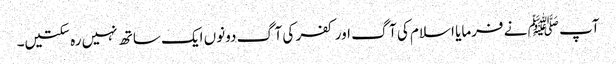
آپ ﷺ نے فرمایا اسلام کی آگ اور کفر کی آگ دونوں ایک ساتھ نہیں رہ سکتیں۔